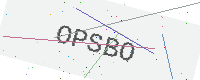
Text: OPSBO